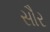
સૌર